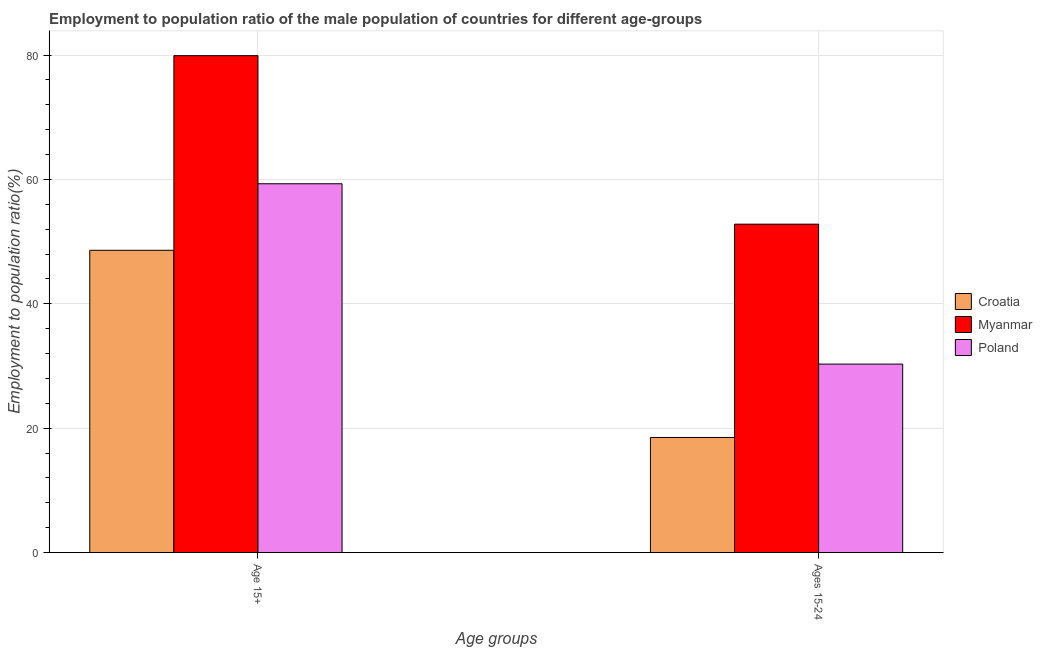
| Age groups | Croatia | Myanmar | Poland |
 | --- | --- | --- | --- |
 | Age 15+ | 48.6 | 79.9 | 59.3 |
 | Ages 15-24 | 18.5 | 52.8 | 30.3 |